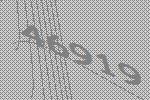
46919